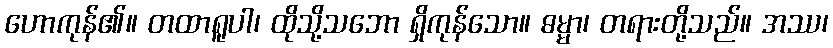
ဟောကုန်၏။ တထာရူပါ၊ ထိုသို့သဘော ရှိကုန်သော။ ဓမ္မာ၊ တရားတို့သည်။ အဿ၊